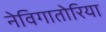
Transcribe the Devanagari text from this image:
नेविगातोरिया